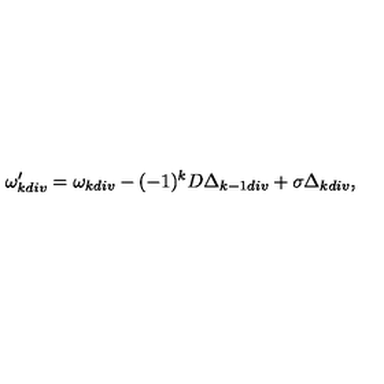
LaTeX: \omega _ { k d i v } ^ { \prime } = \omega _ { k d i v } - ( - 1 ) ^ { k } D \Delta _ { k - 1 d i v } + \sigma \Delta _ { k d i v } ,